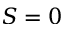
S = 0